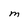
Character: M